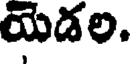
యెడల.